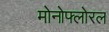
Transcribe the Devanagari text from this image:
मोनोफ्लोरल